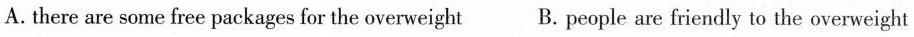
A. there are some free packages for the overweight B. People are friendly to the overweight